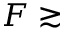
F \gtrsim